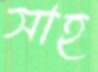
সাহ